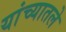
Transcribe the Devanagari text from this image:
यांच्यातले